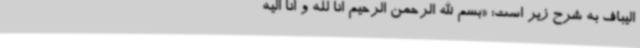
الیباف به شرح زیر است: «بسم الله الرحمن الرحیم انا لله و انا الیه